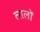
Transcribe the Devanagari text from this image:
लालों